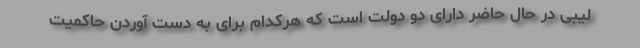
لیبی در حال حاضر دارای دو دولت است که هرکدام برای به دست آوردن حاکمیت